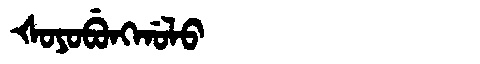
Manchu: ᡧᠣᠶᠣᠪᡠᠩᡤᠣᠯᠣ
Romanization: ŠOYOBUNGGOLO